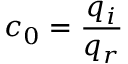
c _ { 0 } = \frac { q _ { i } } { q _ { r } }